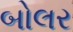
બોલર